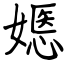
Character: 嫕